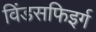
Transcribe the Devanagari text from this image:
विंडसफिइर्ग